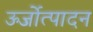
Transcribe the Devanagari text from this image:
ऊर्जोत्पादन